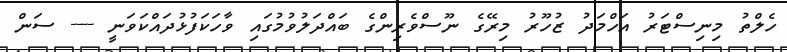
ހެލްތު މިނިސްޓަރު އަހްމަދު ޒުހޫރު މިރޭގެ ނޫސްވެރިންގެ ބައްދަލުވުމުގައި ވާހަކަފުޅުދައްކަވަނީ ---- ސަން